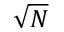
\sqrt { N }